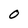
Character: 0